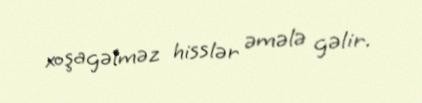
xoşagəlməz hisslər əmələ gəlir.